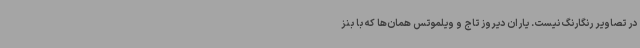
در تصاویر رنگارنگ نیست. یاران دیروز تاج و ویلموتس همان‌ها که با بنز